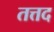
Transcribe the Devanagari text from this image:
तत्तद